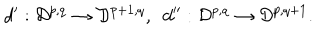
d ^ { \prime } : { \cal D } ^ { p , q } \rightarrow { \cal D } ^ { p + 1 , q } , \ \ d ^ { \prime \prime } : { \cal D } ^ { p , q } \rightarrow { \cal D } ^ { p , q + 1 } .